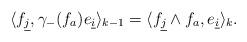
LaTeX: \begin{align*}\langle f_{\underline{j}},\gamma_{-}(f_{a})e_{\underline{i}}\rangle_{k-1}=\langle f_{\underline{j}}\wedge f_{a},e_{\underline{i}}\rangle_{k}.\end{align*}